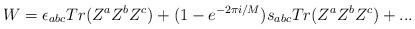
LaTeX: \begin{align*}W=\epsilon_{abc}Tr(Z^{a}Z^{b}Z^{c})+(1-e^{-2\pi i/M})s_{abc}Tr(Z^{a}Z^{b}Z^{c})+...\end{align*}